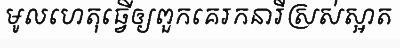
មូលហេតុធ្វើឲ្យពួកគេរកនារីស្រស់ស្អាត